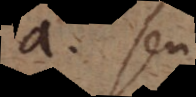
a seu